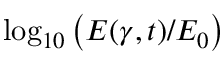
\log _ { 1 0 } \left( E ( \gamma , t ) / E _ { 0 } \right)